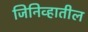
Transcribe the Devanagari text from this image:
जिनिव्हातील